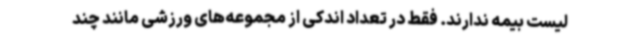
لیست بیمه ندارند. فقط در تعداد اندکی از مجموعه‌های ورزشی مانند چند